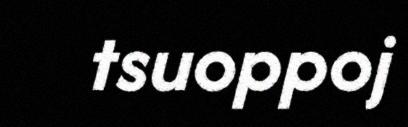
tsuoppoj